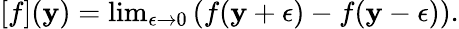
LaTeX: [f](\mathbf{y})=\mathrm{{lim}}_{\epsilon\rightarrow0}\left(f(\mathbf{y}+\epsilon)-f(\mathbf{y}-\epsilon)\right).